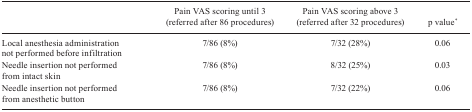
|  | Pain VAS scoring until 3 (referred after 86procedures) | Pain VAS scoring above 3 (referred after 32procedures) | p value* |
 | --- | --- | --- | --- |
 | Local anesthesia administration not performed beforeinfiltration | 7/86 (8%) | 7/32 (28%) | 0.06 |
 | Needle insertion not performed from intact skin | 7/86 (8%) | 8/32 (25%) | 0.03 |
 | Needle insertion not performed from anestheticbutton | 7/86 (8%) | 7/32 (22%) | 0.06 |